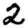
Digit: 2